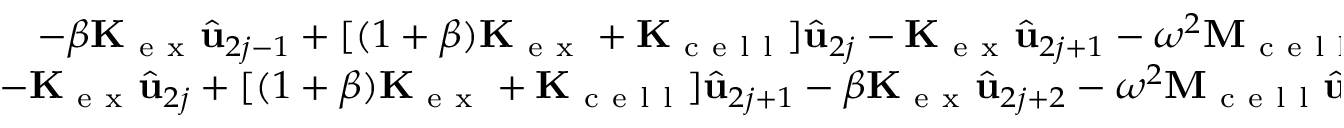
\begin{array} { r l } { - \beta \mathbf { K } _ { \mathrm { ~ e ~ x ~ } } \hat { \mathbf { u } } _ { 2 j - 1 } + [ ( 1 + \beta ) \mathbf { K } _ { \mathrm { ~ e ~ x ~ } } + \mathbf { K } _ { \mathrm { ~ c ~ e ~ l ~ l ~ } } ] \hat { \mathbf { u } } _ { 2 j } - \mathbf { K } _ { \mathrm { ~ e ~ x ~ } } \hat { \mathbf { u } } _ { 2 j + 1 } - \omega ^ { 2 } \mathbf { M } _ { \mathrm { ~ c ~ e ~ l ~ l ~ } } \hat { \mathbf { u } } _ { 2 j } } & { { } = \mathbf { 0 } \, , } \\ { - \mathbf { K } _ { \mathrm { ~ e ~ x ~ } } \hat { \mathbf { u } } _ { 2 j } + [ ( 1 + \beta ) \mathbf { K } _ { \mathrm { ~ e ~ x ~ } } + \mathbf { K } _ { \mathrm { ~ c ~ e ~ l ~ l ~ } } ] \hat { \mathbf { u } } _ { 2 j + 1 } - \beta \mathbf { K } _ { \mathrm { ~ e ~ x ~ } } \hat { \mathbf { u } } _ { 2 j + 2 } - \omega ^ { 2 } \mathbf { M } _ { \mathrm { ~ c ~ e ~ l ~ l ~ } } \hat { \mathbf { u } } _ { 2 j + 1 } } & { { } = \mathbf { 0 } \, . } \end{array}